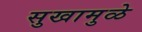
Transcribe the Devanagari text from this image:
सुखामुळे